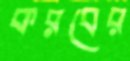
করবের